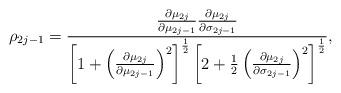
LaTeX: \begin{align*}\rho_{2j-1}\overset{}{=}\frac{\frac{\partial\mu_{2j}}{\partial\mu_{2j-1}}\frac{\partial\mu_{2j}}{\partial\sigma_{2j-1}}}{\left[ 1+\left(\frac{\partial\mu_{2j}}{\partial\mu_{2j-1}}\right) ^{2}\right] ^{\frac{1}{2}}\left[ 2+\frac{1}{2}\left( \frac{\partial\mu_{2j}}{\partial\sigma_{2j-1}}\right) ^{2}\right] ^{\frac{1}{2}}}, \end{align*}